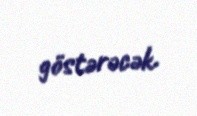
göstərəcək.